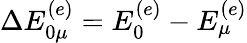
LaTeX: \Delta E_{0\mu}^{(e)}=E_{0}^{(e)}-E_{\mu}^{(e)}